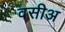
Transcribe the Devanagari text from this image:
वसीअ